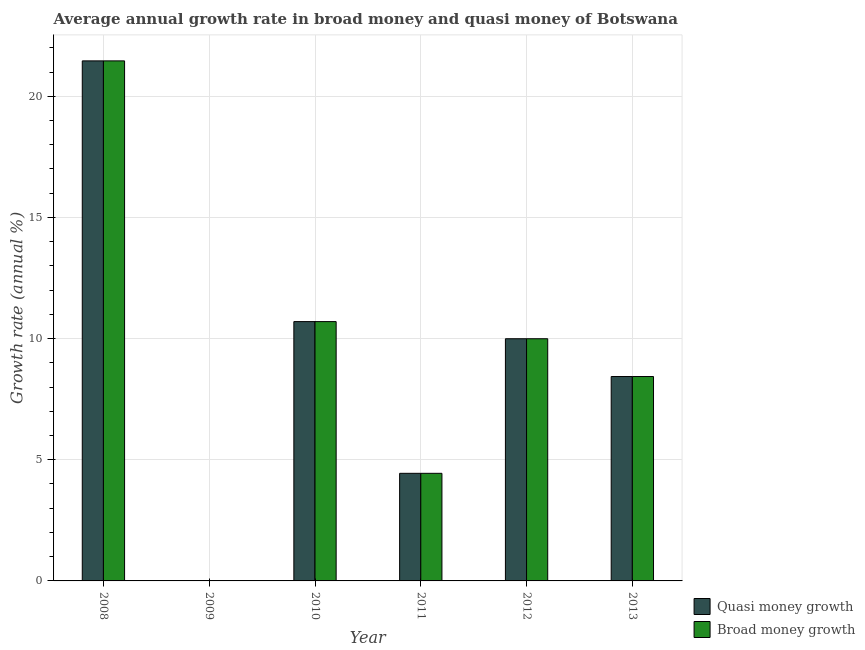
| Year | Quasi money growth | Broad money growth |
 | --- | --- | --- |
 | 2008 | 21.5 | 21.5 |
 | 2009 | -1.3 | -1.3 |
 | 2010 | 10.7 | 10.7 |
 | 2011 | 4.44 | 4.44 |
 | 2012 | 9.99 | 9.99 |
 | 2013 | 8.43 | 8.43 |